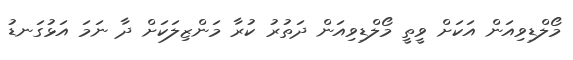
މޯލްޑިވިއަން އަކަށް ވީތީ މޯލްޑިވިއަން ދަތުރު ކުރާ މަންޒިލަކަށް ދާ ނަމަ އަޅުގަނޑު